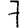
Digit: 7